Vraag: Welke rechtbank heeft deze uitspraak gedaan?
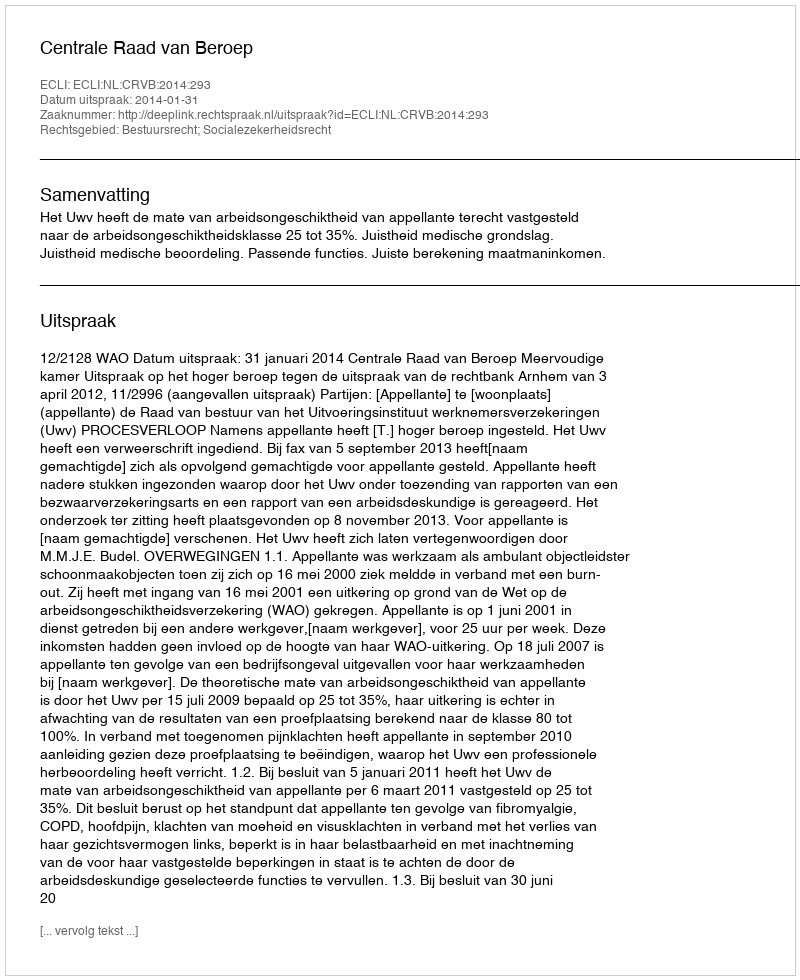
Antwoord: Centrale Raad van Beroep